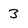
Character: 3